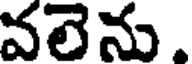
వలెను.